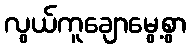
လွယ်ကူချောမွေ့စွာ